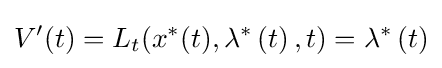
V^{\prime }(t)=L_{t}(x^{\ast }(t),\lambda ^{\ast }\left(t\right),t)=\lambda ^{\ast }\left(t\right)